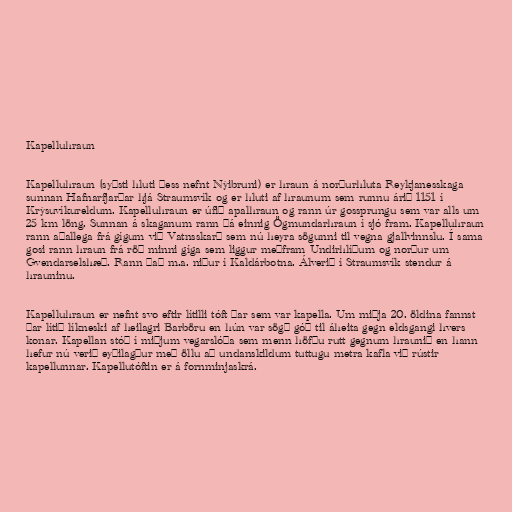
Kapelluhraun

Kapelluhraun (syðsti hluti þess nefnt Nýibruni) er hraun á norðurhluta Reykjanesskaga
sunnan Hafnarfjarðar hjá Straumsvík og er hluti af hraunum sem runnu árið 1151 í
Krýsuvíkureldum. Kapelluhraun er úfið apalhraun og rann úr gossprungu sem var alls um
25 km löng. Sunnan á skaganum rann þá einnig Ögmundarhraun í sjó fram. Kapelluhraun
rann aðallega frá gígum við Vatnsskarð sem nú heyra sögunni til vegna gjallvinnslu. Í sama
gosi rann hraun frá röð minni gíga sem liggur meðfram Undirhlíðum og norður um
Gvendarselshæð. Rann það m.a. niður í Kaldárbotna. Álverið í Straumsvík stendur á
hrauninu.

Kapelluhraun er nefnt svo eftir lítilli tóft þar sem var kapella. Um miðja 20. öldina fannst
þar lítið líkneski af heilagri Barböru en hún var sögð góð til áheita gegn eldsgangi hvers
konar. Kapellan stóð í miðjum vegarslóða sem menn höfðu rutt gegnum hraunið en hann
hefur nú verið eyðilagður með öllu að undanskildum tuttugu metra kafla við rústir
kapellunnar. Kapellutóftin er á fornminjaskrá.